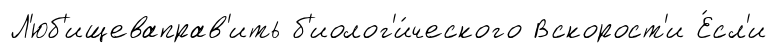
Л'юб'ищеваправ'ить б'иолог'и́ческого Вскорост'и Е́сл'и